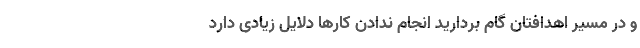
و در مسیر اهدافتان گام بردارید انجام ندادن کارها دلایل زیادی دارد